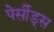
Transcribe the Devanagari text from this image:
पेर्सीड्स